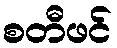
စတီဖင်